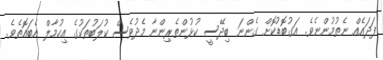
ފަދައެއް ނެތުމުންނެވެ. އަގުބޮޑުކޮށް ގެންނަ ބިދޭސީ ކުޅުންތެރިންނާ މެދުވެސް ކުލަބުތަކުގެ އިހުމާލް އެބައޮތެވެ.